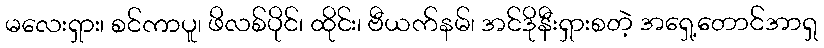
မလေးရှား၊ စင်ကာပူ၊ ဖိလစ်ပိုင်၊ ထိုင်း၊ ဗီယက်နမ်၊ အင်ဒိုနီးရှားစတဲ့ အရှေ့တောင်အာရှ